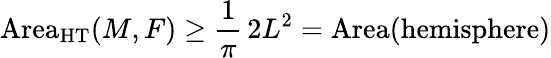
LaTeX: \operatorname{Area}_{\mathrm{HT}}(M,F)\geq{\frac{1}{\pi}}\, 2L^{2}=\operatorname{Area}({\mathrm{hemisphere}})